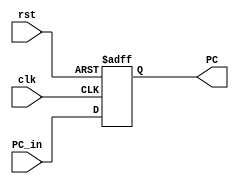
module Program_Counter (
                        input clk,
                        input rst,
                        input   wire [31:0] PC_in,
                        output  reg [31:0] PC

);

always@(posedge clk, negedge rst)
    begin

        if (!rst) begin
            PC <= 32'b0;
        end
        else    begin
            PC <= PC_in;
        end
    end

endmodule